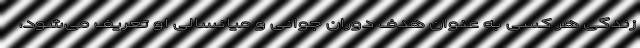
زندگی هر کسی به عنوان هدف دوران جوانی و میانسالی او تعریف می‌شود،